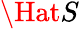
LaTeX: \Hat{S}